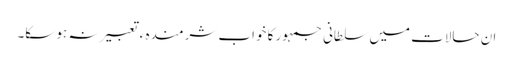
ان حالات میں سلطانیِ جمہور کا خواب شرمندہ ء تعبیر نہ ہو سکا۔